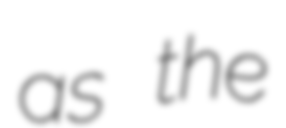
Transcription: as the